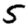
Digit: 5